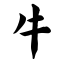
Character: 牛